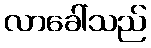
လာခေါ်သည်